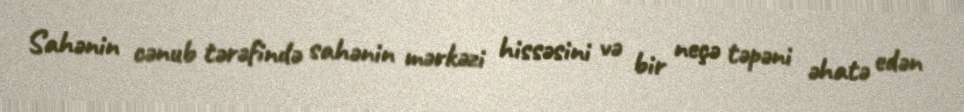
Sahənin cənub tərəfində sahənin mərkəzi hissəsini və bir neçə təpəni əhatə edən